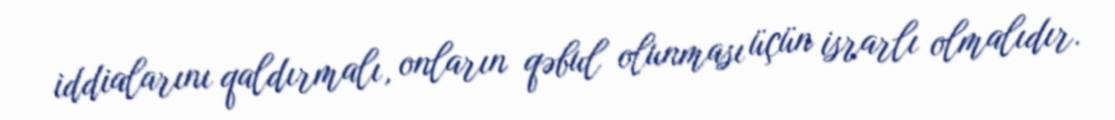
iddialarını qaldırmalı, onların qəbul olunması üçün israrlı olmalıdır.